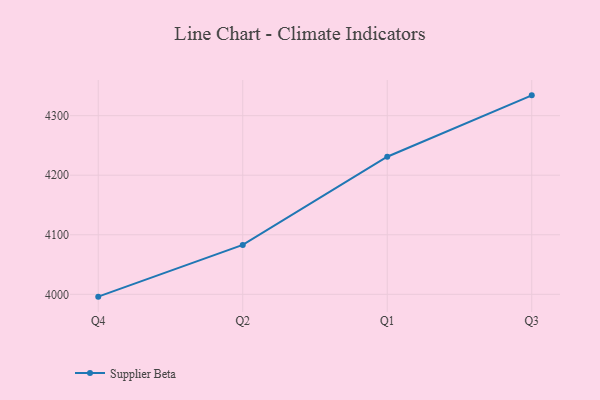
{"axis": {"x": "Quarter", "y": "Temperature (°C)"}, "legend": ["Supplier Beta"], "data": [{"x": "Q4", "y": 3996.1, "type": "Supplier Beta"}, {"x": "Q2", "y": 4083.0, "type": "Supplier Beta"}, {"x": "Q1", "y": 4231.0, "type": "Supplier Beta"}, {"x": "Q3", "y": 4334.1, "type": "Supplier Beta"}]}